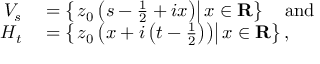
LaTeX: \begin{array} { r l } { V _ { s } } & { { } = \left\{ \left. z _ { 0 } \left( s - { \frac { 1 } { 2 } } + i x \right) \right\vert x \in \mathbf { R } \right\} \quad { \mathrm { a n d } } } \\ { H _ { t } } & { { } = \left\{ \left. z _ { 0 } \left( x + i \left( t - { \frac { 1 } { 2 } } \right) \right) \right\vert x \in \mathbf { R } \right\} , } \end{array}